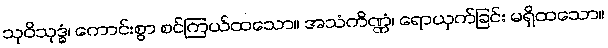
သုဝိသုဒ္ဓံ၊ ကောင်းစွာ စင်ကြယ်ထသော။ အသံကိဏ္ဏံ၊ ရောယှက်ခြင်း မရှိထသော။